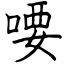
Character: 喓